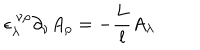
\epsilon _ { \lambda } ^ { ~ \nu \rho } \partial _ { \nu } A _ { \rho } = - \frac { L } l A _ { \lambda }